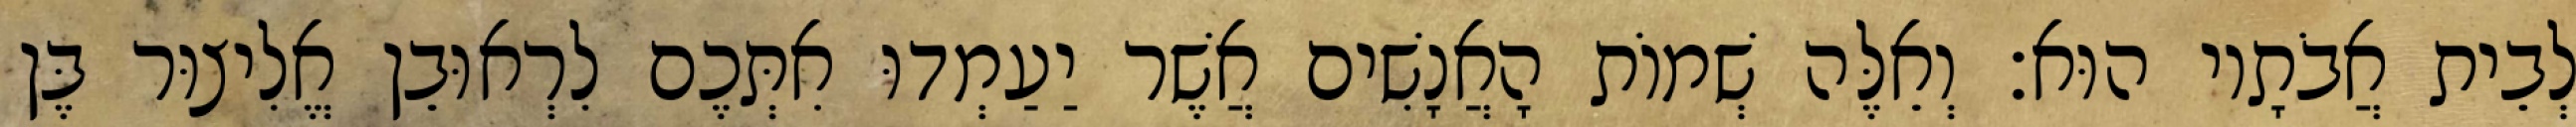
לְבֵית אֲבֹתָיו הוּא׃ וְאֵלֶּה שְׁמוֹת הָאֲנָשִׁים אֲשֶׁר יַעַמְדוּ אִתְּכֶם לִרְאוּבֵן אֱלִיצוּר בֶּן